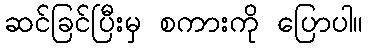
ဆင်ခြင်ပြီးမှ စကားကို ပြောပါ။